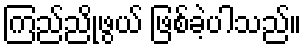
ကြည်ညိုဖွယ် ဖြစ်ခဲ့ပါသည်။